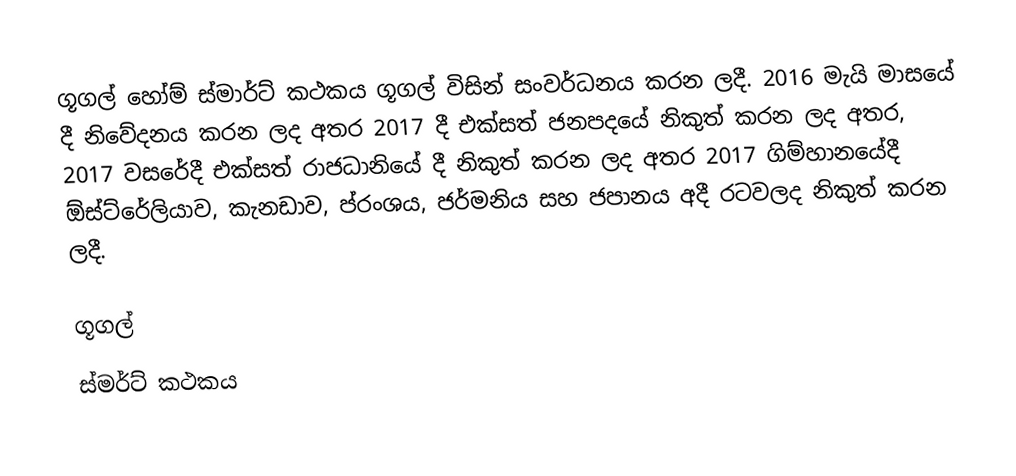
ගූගල් හෝම් ස්මාර්ට් කථකය ගූගල් විසින් සංවර්ධනය කරන ලදී. 2016 මැයි මාසයේ දී නිවේදනය කරන ලද අතර 2017 දී එක්සත් ජනපදයේ නිකුත් කරන ලද අතර, 2017 වසරේදී එක්සත් රාජධානියේ දී නිකුත් කරන ලද අතර 2017 ගිම්හානයේදී ඕස්ට්රේලියාව, කැනඩාව, ප්රංශය, ජර්මනිය සහ ජපානය අදී රටවලද නිකුත් කරන ලදී.

ගූගල්
ස්මර්ට් කථකය